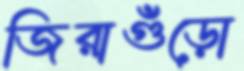
জিরাগুঁড়ো